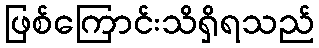
ဖြစ်ကြောင်းသိရှိရသည်